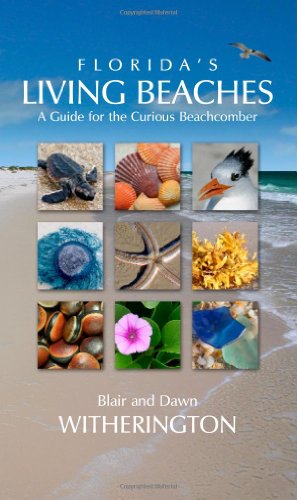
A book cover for Florida's Living Beaches: A Guide for the Curious Beachcomber; Blair Witherington; Science & Math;